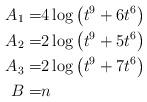
LaTeX: \begin{align*}A_1 =& 4 \log \left(t^9+6t^6\right)\\A_2 =& 2 \log \left(t^9+5t^6\right)\\A_3 =& 2 \log \left(t^9+7t^6\right)\\B=& n\end{align*}